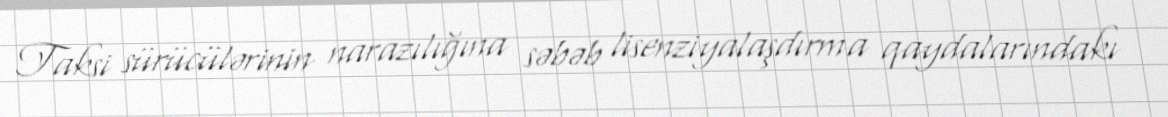
Taksi sürücülərinin narazılığına səbəb lisenziyalaşdırma qaydalarındakı